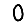
Digit: 0